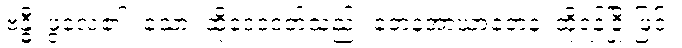
ဗန္ဓီ၊ ဖွဲ့လေ၏။ သော၊ ထိုဒေဝဒတ်သည်။ တေနအာဃာတေန၊ ထိုရန်ငြိုးဖြင့်။